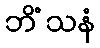
ဘိံသနံ